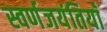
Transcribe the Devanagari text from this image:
स्वर्णजयंतियाँ